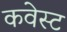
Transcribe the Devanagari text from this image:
कवेस्ट